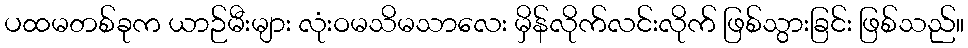
ပထမတစ်ခုက ယာဉ်မီးများ လုံးဝမသိမသာလေး မှိန်လိုက်လင်းလိုက် ဖြစ်သွားခြင်း ဖြစ်သည်။